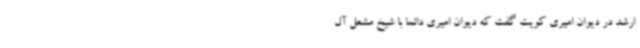
ارشد در دیوان امیری کویت گفت که دیوان امیری دائماً با شیخ مشعل آل